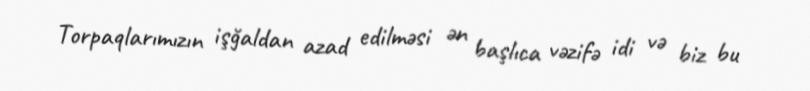
Torpaqlarımızın işğaldan azad edilməsi ən başlıca vəzifə idi və biz bu